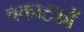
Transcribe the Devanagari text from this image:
वकाटकों